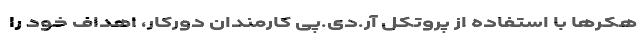
هکرها با استفاده از پروتکل آر.دی.پی کارمندان دورکار، اهداف خود را